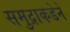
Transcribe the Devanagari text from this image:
समुद्राकडेने